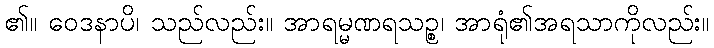
၏။ ဝေဒနာပိ၊ သည်လည်း။ အာရမ္မဏရသဉ္စ၊ အာရုံ၏အရသာကိုလည်း။